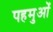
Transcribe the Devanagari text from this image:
पहमुओं